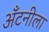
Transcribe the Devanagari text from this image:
अँटनीला